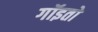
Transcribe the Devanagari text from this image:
गॉइतो